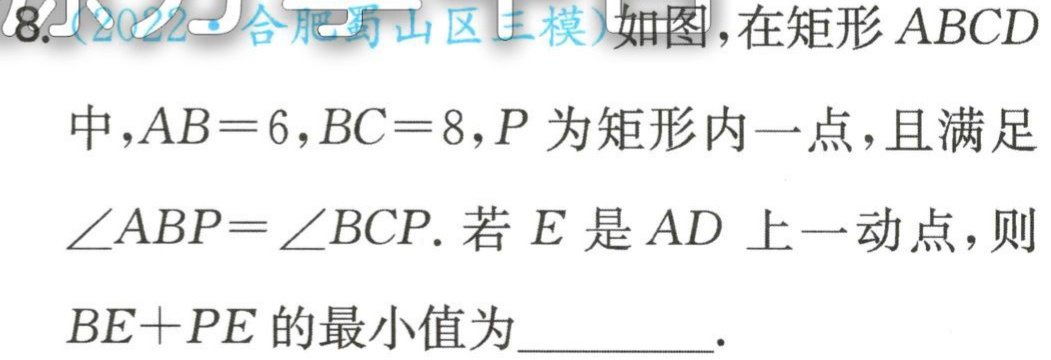
8.(2022·合肥蜀山区三模)如图，在矩形 \(ABCD\) 中，\(AB = 6\)，\(BC = 8\)，\(P\) 为矩形内一点，且满足 \(\angle ABP=\angle BCP\). 若 \(E\) 是 \(AD\) 上一动点，则 \(BE + PE\) 的最小值为_________.